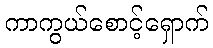
ကာကွယ်စောင့်ရှောက်